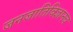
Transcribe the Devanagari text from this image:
जनजातिविज्ञानच